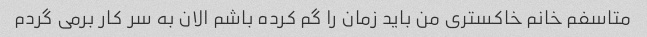
متاسفم خانم خاکستری من باید زمان را گم کرده باشم الان به سر کار برمی گردم